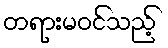
တရားမဝင်သည့်